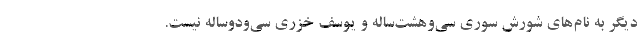
دیگر به نام‌های شورش سوری سی‌وهشت‌ساله و یوسف خزری سی‌ودوساله نیست.